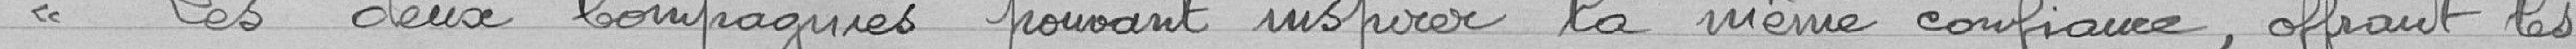
"Les deux compagnies pouvant inspirer la même confiance, offrant les